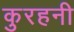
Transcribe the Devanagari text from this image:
कुरहनी